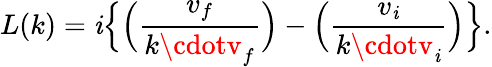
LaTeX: L(k)=\mathit{i}\Big\{ \Big({\frac{{v_{f}}}{{k\cdotv_{f}}}}\Big)-\Big({\frac{{v_{\mathit{i}}}}{{k\cdotv_{\mathit{i}}}}}\Big)\Big\} .